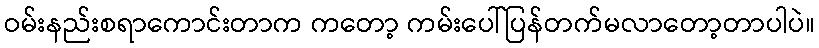
ဝမ်းနည်းစရာကောင်းတာက ကတော့ ကမ်းပေါ်ပြန်တက်မလာတော့တာပါပဲ။